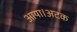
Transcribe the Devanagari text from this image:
आया।अटक